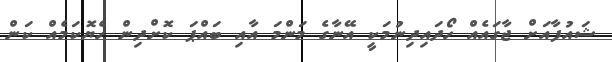
ޝައުފާއަށް ޖާގައެއް ހޯދައިދިނުމަކީ އޭނާގެ މަންމަ އާއި ބައްޕަ ކޮށްދިން ހެޔޮކަމެއް ކަން